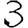
Digit: 3